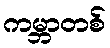
ကမ္ဘာတစ်